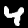
Label: 4